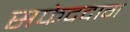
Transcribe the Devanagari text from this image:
सफेददाग